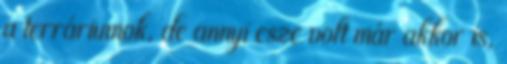
a terráriumok, de annyi esze volt már akkor is,